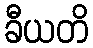
ခီယတိ